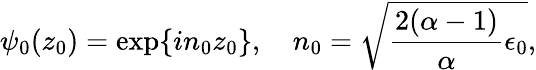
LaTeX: \psi_{0}(z_{0})=\exp\{ in_{0}z_{0}\} ,~~~~n_{0}=\sqrt{{\frac{2(\alpha-1)}{\alpha}}\epsilon_{0}},